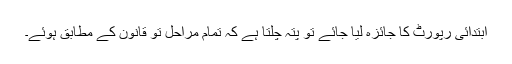
ابتدائی رپورٹ کا جائزہ لیا جائے تو پتہ چلتا ہے کہ تمام مراحل تو قانون کے مطابق ہوئے۔